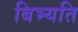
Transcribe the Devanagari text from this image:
बिभ्यति